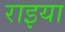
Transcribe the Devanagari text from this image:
राइया